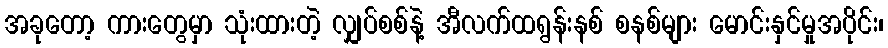
အခုတော့ ကားတွေမှာ သုံးထားတဲ့ လျှပ်စစ်နဲ့ အီလက်ထရွန်းနစ် စနစ်များ မောင်းနှင်မှုအပိုင်း၊